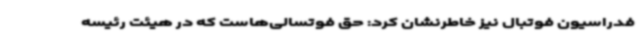
فدراسیون فوتبال نیز خاطرنشان کرد: حق فوتسالی‌هاست که در هیئت رئیسه